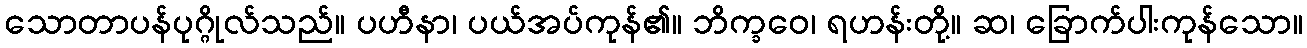
သောတာပန်ပုဂ္ဂိုလ်သည်။ ပဟီနာ၊ ပယ်အပ်ကုန်၏။ ဘိက္ခဝေ၊ ရဟန်းတို့။ ဆ၊ ခြောက်ပါးကုန်သော။